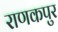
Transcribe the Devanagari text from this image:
राणकपुर